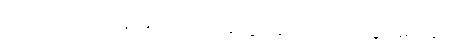
သို့သော် ဘယ်ယုန် မြင်လို့ ဘယ်ချုံထွင်ခြင်းလဲ၊ ဘယ်သူမှ မသိနိုင်။